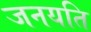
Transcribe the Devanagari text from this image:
जनयति